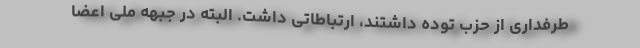
طرفداری از حزب توده داشتند، ارتباطاتی داشت. البته در جبهه ملی اعضا